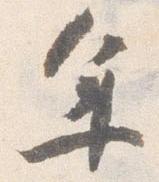
年